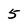
Character: 5